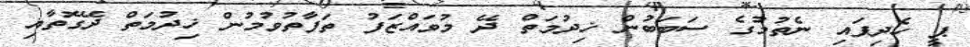
ޕީ ހެދިފައި ނެތުމުގެ ސަބަބުން ޚިދުމަތް ދޭ މުވައްޒަފު ތަފާތުވުމުން ޚިދުމަތް ދޭގޮތާއި